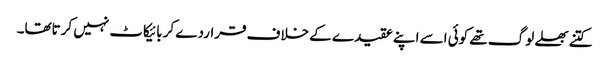
کتنے بھلے لوگ تھے کوئی اسے اپنے عقیدے کے خلاف قراردے کر بائیکاٹ نہیں کرتاتھا۔